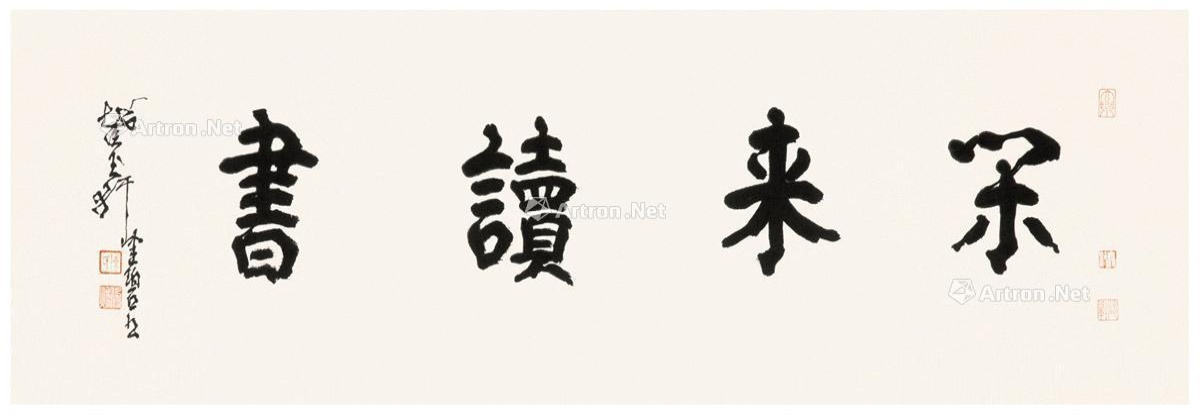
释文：闲来读书。截玉轩，健碧书。